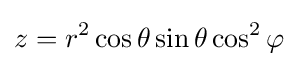
z=r^{2}\cos \theta \sin \theta \cos ^{2}\varphi